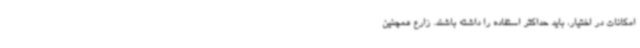
امکانات در اختیار، باید حداکثر استفاده را داشته باشند. زارع همچنین